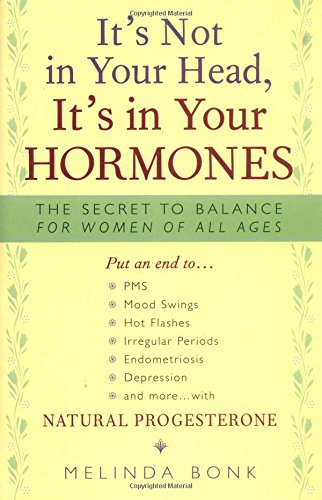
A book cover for It's Not In Your Head, It's In Your Hormones: The Secret Balance for Women of All Ages; Melinda Bonk; Health, Fitness & Dieting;